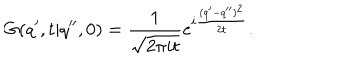
G ( q ^ { \prime } , t | q ^ { \prime \prime } , 0 ) = { \frac { 1 } { \sqrt { 2 \pi i t } } } e ^ { i { \frac { ( q ^ { \prime } - q ^ { \prime \prime } ) ^ { 2 } } { 2 t } } } .